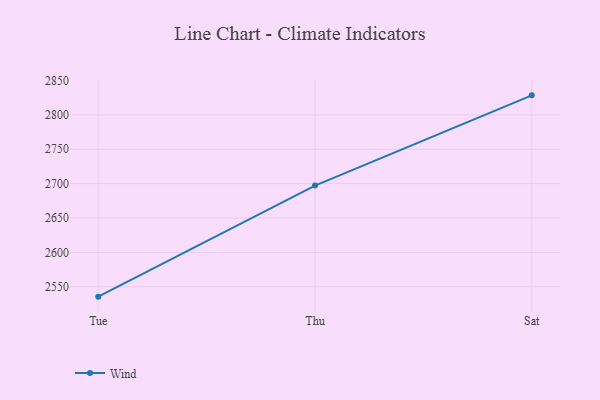
{"axis": {"x": "Day", "y": "Operating Costs (USD K)"}, "legend": ["Wind"], "data": [{"x": "Tue", "y": 2535.7, "type": "Wind"}, {"x": "Thu", "y": 2697.2, "type": "Wind"}, {"x": "Sat", "y": 2828.4, "type": "Wind"}]}